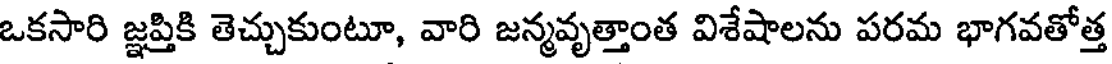
ఒకసారి జ్ఞప్తికి తెచ్చుకుంటూ, వారి జన్మవృత్తాంత విశేషాలను పరమ భాగవతోత్త